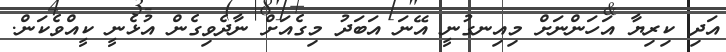
އަދި ކިރިޔާ އަހަންނަށް މިއިނގުނީ އޭނަ އަބަދު މިގެއަށް ނާދެވިގެން އުޅެނީ ކީއްވެކަން.